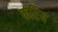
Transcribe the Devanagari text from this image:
करिय